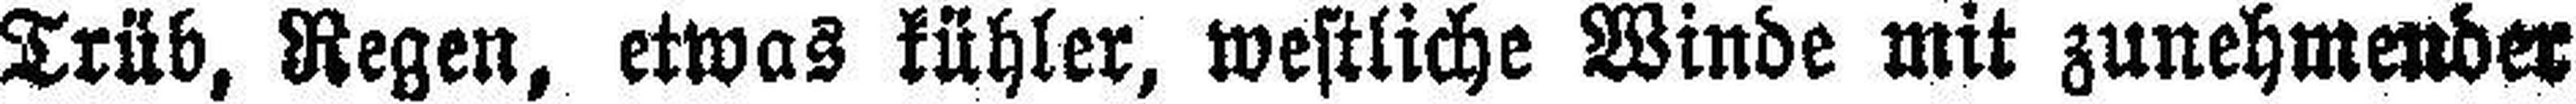
Trüb, Regen, etwas kühler, westliche Winde mit zunehmender